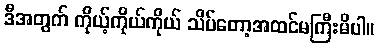
ဒီအတွက် ကိုယ့်ကိုယ်ကိုယ် သိပ်တော့အထင်မကြီးမိပါ။